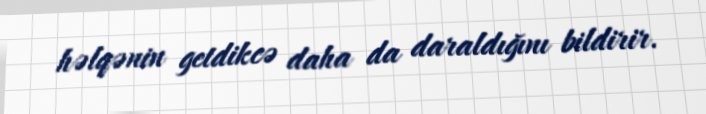
həlqənin getdikcə daha da daraldığını bildirir.